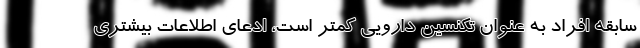
سابقه افراد به عنوان تکنسین دارویی کمتر است، ادعای اطلاعات بیشتری